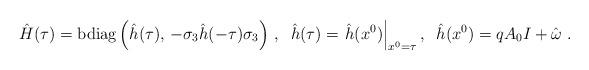
LaTeX: \begin{align*}\hat{H}(\tau )={\rm bdiag}\left( \hat{h}(\tau ),\,-\sigma _{3}\hat{h}(-\tau)\sigma _{3}\right) \,,\;\;\hat{h}(\tau )=\left. \hat{h}(x^{0})\right|_{x^{0}=\tau },\;\;\hat{h}(x^{0})=qA_{0}I+\hat{\omega}\;. \end{align*}